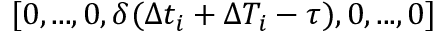
[ 0 , . . . , 0 , \delta ( \Delta t _ { i } + \Delta T _ { i } - \tau ) , 0 , . . . , 0 ]